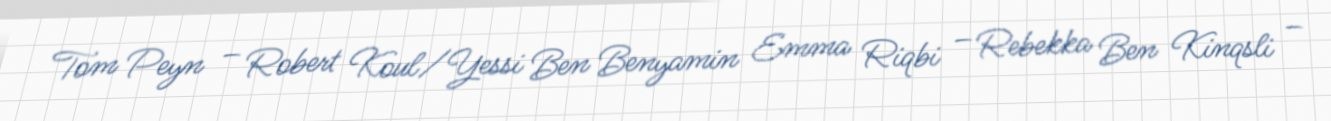
Tom Peyn – Robert Koul/Yessi Ben Benyamin Emma Riqbi – Rebekka Ben Kinqsli –